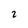
Character: 2